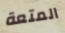
المتعة